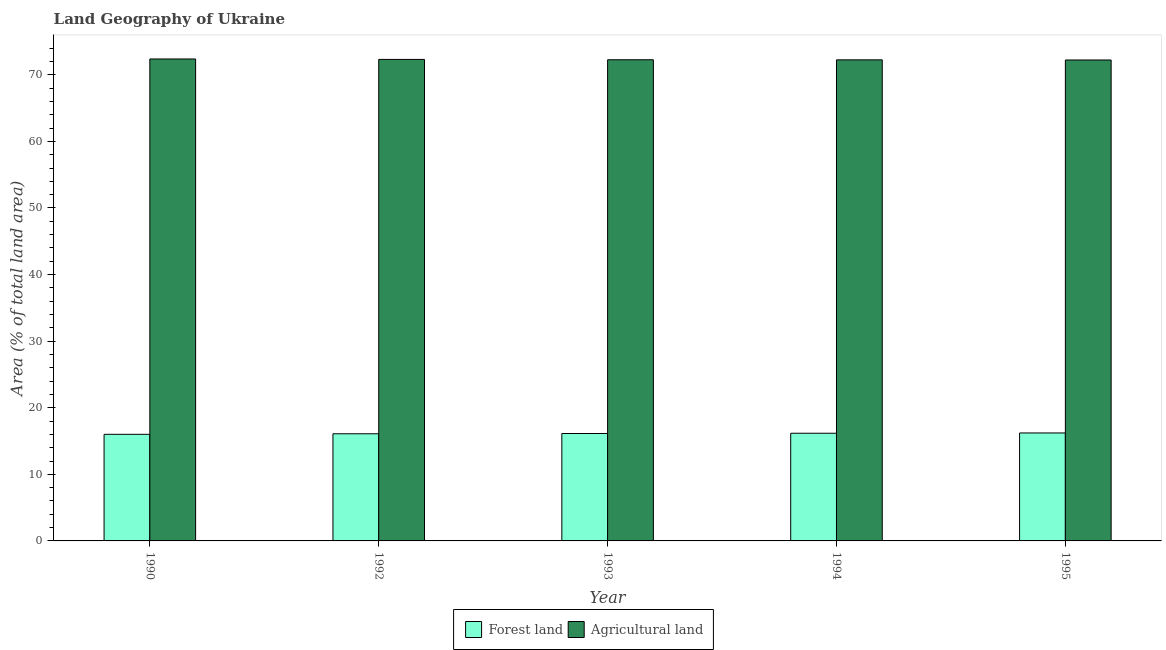
| Year | Forest land | Agricultural land |
 | --- | --- | --- |
 | 1990 | 16 | 72.4 |
 | 1992 | 16.1 | 72.3 |
 | 1993 | 16.1 | 72.3 |
 | 1994 | 16.2 | 72.2 |
 | 1995 | 16.2 | 72.2 |